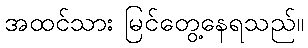
အထင်သား မြင်တွေ့နေရသည်။